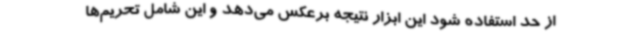
از حد استفاده شود این ابزار نتیجه برعکس می‌دهد و این شامل تحریم‌ها